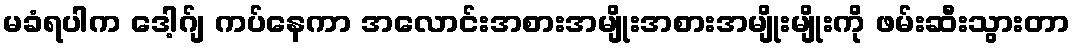
မခံရပါက ဒေါ့ဂ်ျ ကပ်နေကာ အလောင်းအစားအမျိုးအစားအမျိုးမျိုးကို ဖမ်းဆီးသွားတာ